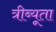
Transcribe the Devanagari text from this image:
त्रीब्यूता